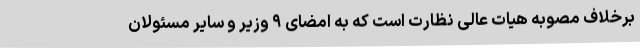
برخلاف مصوبه هیات عالی نظارت است که به امضای ۹ وزیر و سایر مسئولان